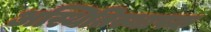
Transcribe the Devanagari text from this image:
अस्थितिस्थापक